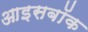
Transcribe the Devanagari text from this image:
आइसबॉक